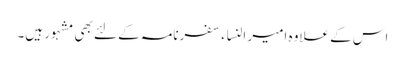
اس کے علاوہ امیر النساء سفرنامہ کے لئے بھی مشہور ہیں۔